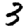
Digit: 3